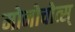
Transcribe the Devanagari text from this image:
मोनोचोत्स्